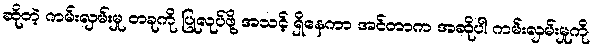
ဆိုတဲ့ ကမ်းလှမ်းမှု တခုကို ပြုလုပ်ဖို့ အသင့် ရှိနေကာ အင်တာက အဆိုပါ ကမ်းလှမ်းမှုကို